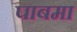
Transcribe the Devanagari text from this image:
पाबमा